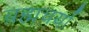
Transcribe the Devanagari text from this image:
ब्रह्मचर्या